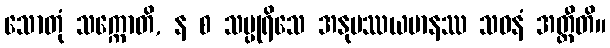
သောတုံ သက္ကောတိ, န စ သပ္ပုရိသေ အနုပဿယမာနဿ သဝနံ အတ္ထီတိ။